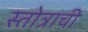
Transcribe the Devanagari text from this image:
स्तोत्राची